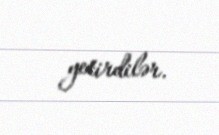
yetirdilər.